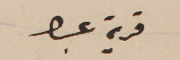
قرية عبرا